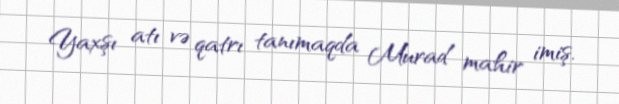
Yaxşı atı və qatrı tanımaqda Murad mahir imiş.